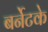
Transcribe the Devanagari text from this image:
बर्नेटके